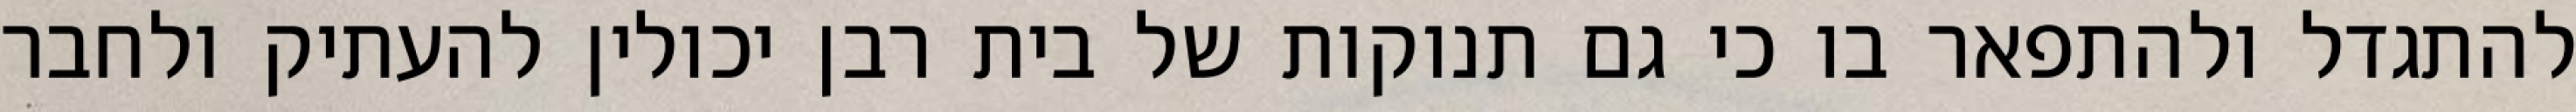
להתגדל ולהתפאר בו כי גם תנוקות של בית רבן יכולין להעתיק ולחבר